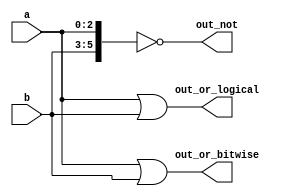
/*

Copyright 2022 Marc Ketel
SPDX-License-Identifier: Apache-2.0

*/

`default_nettype none

module top_module (
    input wire [2:0] a,
    input wire [2:0] b,
    output wire [2:0] out_or_bitwise,
    output wire out_or_logical,
    output wire [5:0] out_not
);

  assign out_or_bitwise = a | b;
  assign out_or_logical = a || b;
  assign out_not = ~{b, a};

endmodule